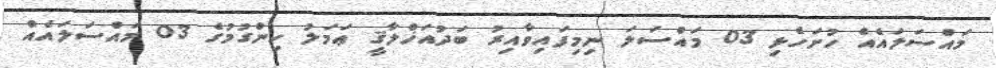
މައްސަލައެއް ހުށަހެޅި 03 މައްސަލަ ނިމިފައިވާއިރު ބަދުއަޚްލާޤީ ޢަމަލު ހިންގުމުގެ 03 މައްސަލައެއް